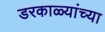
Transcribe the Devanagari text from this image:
डरकाळ्यांच्या